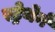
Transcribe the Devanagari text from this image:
स्ट्रेथेर्न